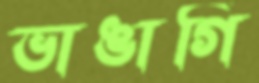
ভাঙাগি